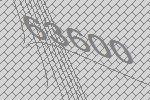
63600